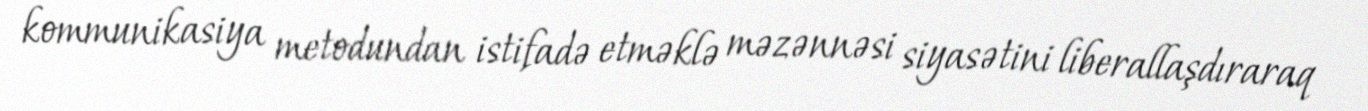
kommunikasiya metodundan istifadə etməklə məzənnəsi siyasətini liberallaşdıraraq